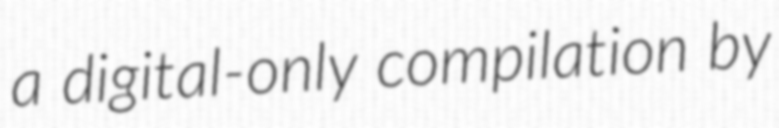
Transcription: a digital-only compilation by